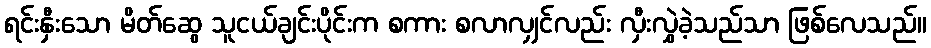
ရင်းနှီးသော မိတ်ဆွေ သူငယ်ချင်းပိုင်းက စကား စလာလျှင်လည်း လှီးလွှဲခဲ့သည်သာ ဖြစ်လေသည်။